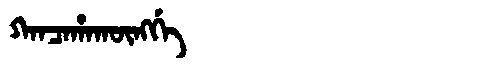
Manchu: ᡴᠠᠨᠴᠠᡥᠠᡴᡡᠩᡤᡝ
Romanization: KANCAHAKŪNGGE